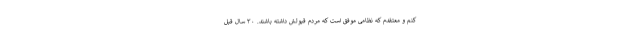
کنم و معتقدم که نظامی موفق است که مردم قبولش داشته باشند. ۳۰ سال قبل